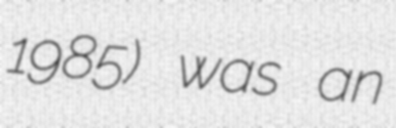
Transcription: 1985) was an